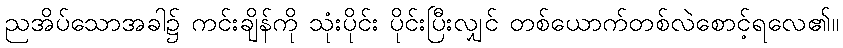
ညအိပ်သောအခါ၌ ကင်းချိန်ကို သုံးပိုင်း ပိုင်းပြီးလျှင် တစ်ယောက်တစ်လဲစောင့်ရလေ၏။